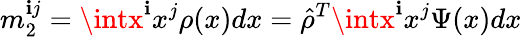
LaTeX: m_{2}^{\mathbf{i}j}=\intx^{\mathbf{i}}x^{j}\rho(x)dx=\hat{{\rho}}^{T}\intx^{\mathbf{i}}x^{j}\Psi(x)dx